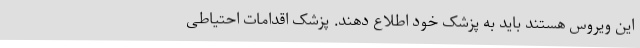
این ویروس هستند باید به پزشک خود اطلاع دهند. پزشک اقدامات احتیاطی